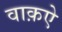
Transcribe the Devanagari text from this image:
वाक़ऐ